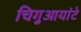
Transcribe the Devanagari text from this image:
चिगुआयांटे